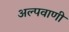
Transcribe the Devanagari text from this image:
अल्पवाणी